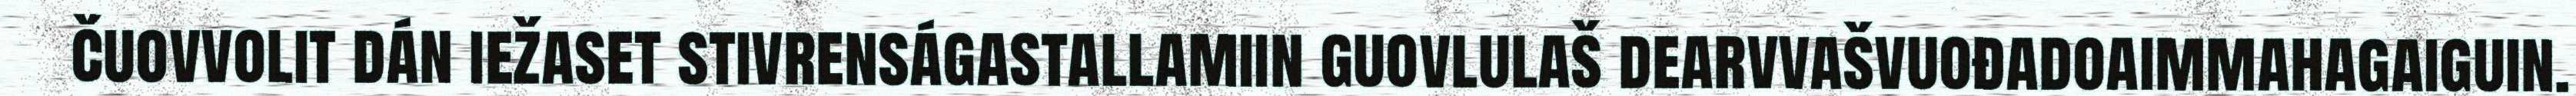
čuovvolit dán iežaset stivrenságastallamiin guovlulaš dearvvašvuođadoaimmahagaiguin.